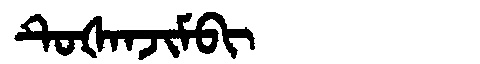
Manchu: ᡨᡠᡧᠠᠨᠵᡳᠮᠪᡳ
Romanization: TUŠANJIMBI